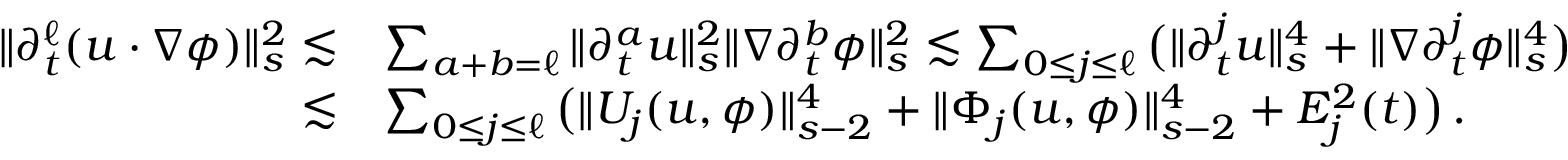
\begin{array} { r l } { \| \partial _ { t } ^ { \ell } ( u \cdot \nabla \phi ) \| _ { s } ^ { 2 } \lesssim } & { \sum _ { a + b = \ell } \| \partial _ { t } ^ { a } u \| _ { s } ^ { 2 } \| \nabla \partial _ { t } ^ { b } \phi \| _ { s } ^ { 2 } \lesssim \sum _ { 0 \leq j \leq \ell } \big ( \| \partial _ { t } ^ { j } u \| _ { s } ^ { 4 } + \| \nabla \partial _ { t } ^ { j } \phi \| _ { s } ^ { 4 } \big ) } \\ { \lesssim } & { \sum _ { 0 \leq j \leq \ell } \big ( \| U _ { j } ( u , \phi ) \| _ { s - 2 } ^ { 4 } + \| \Phi _ { j } ( u , \phi ) \| _ { s - 2 } ^ { 4 } + E _ { j } ^ { 2 } ( t ) \big ) \, . } \end{array}